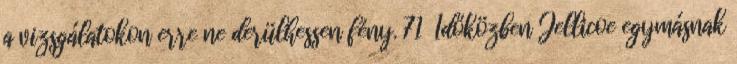
a vizsgálatokon erre ne derülhessen fény. 71 Időközben Jellicoe egymásnak